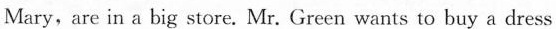
Mary, are in a big store. Mr. Green wants to buy a dress